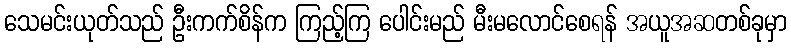
သေမင်းယုတ်သည် ဦးကက်စိန်က ကြည့်ကြ ပေါင်းမည် မီးမလောင်စေရန် အယူအဆတစ်ခုမှာ